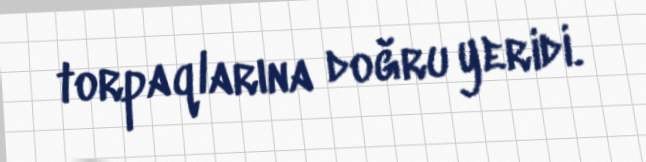
torpaqlarına doğru yeridi.